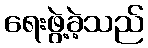
ရေးဖွဲ့ခဲ့သည်